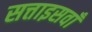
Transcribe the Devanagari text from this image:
सत्ताइसवाँ